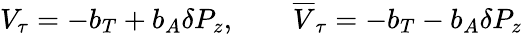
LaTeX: V_{\tau}=-b_{T}+b_{A}\delta P_{z},\qquad\overline{{{V}}}_{\tau}=-b_{T}-b_{A}\delta P_{z}